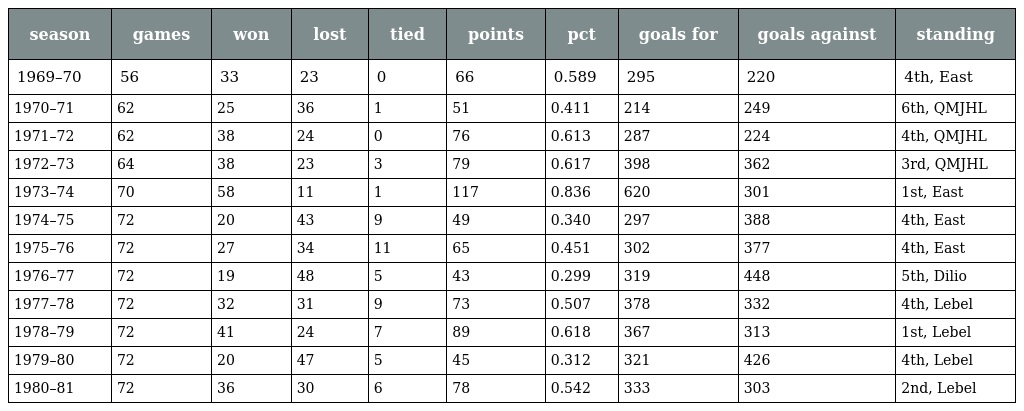
| season | games | won | lost | tied | points | pct | goals for | goals against | standing |
 | --- | --- | --- | --- | --- | --- | --- | --- | --- | --- |
 | 1969–70 | 56 | 33 | 23 | 0 | 66 | 0.589 | 295 | 220 | 4th, East |
 | 1970–71 | 62 | 25 | 36 | 1 | 51 | 0.411 | 214 | 249 | 6th, QMJHL |
 | 1971–72 | 62 | 38 | 24 | 0 | 76 | 0.613 | 287 | 224 | 4th, QMJHL |
 | 1972–73 | 64 | 38 | 23 | 3 | 79 | 0.617 | 398 | 362 | 3rd, QMJHL |
 | 1973–74 | 70 | 58 | 11 | 1 | 117 | 0.836 | 620 | 301 | 1st, East |
 | 1974–75 | 72 | 20 | 43 | 9 | 49 | 0.340 | 297 | 388 | 4th, East |
 | 1975–76 | 72 | 27 | 34 | 11 | 65 | 0.451 | 302 | 377 | 4th, East |
 | 1976–77 | 72 | 19 | 48 | 5 | 43 | 0.299 | 319 | 448 | 5th, Dilio |
 | 1977–78 | 72 | 32 | 31 | 9 | 73 | 0.507 | 378 | 332 | 4th, Lebel |
 | 1978–79 | 72 | 41 | 24 | 7 | 89 | 0.618 | 367 | 313 | 1st, Lebel |
 | 1979–80 | 72 | 20 | 47 | 5 | 45 | 0.312 | 321 | 426 | 4th, Lebel |
 | 1980–81 | 72 | 36 | 30 | 6 | 78 | 0.542 | 333 | 303 | 2nd, Lebel |